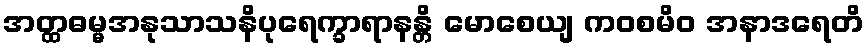
အတ္ထဓမ္မအနုသာသနိပုရေက္ခာရာနန္တိ မောစေယျ ကဝစမိဝ အနာဒရေတိ